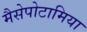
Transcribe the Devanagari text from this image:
मैसेपोटामिया